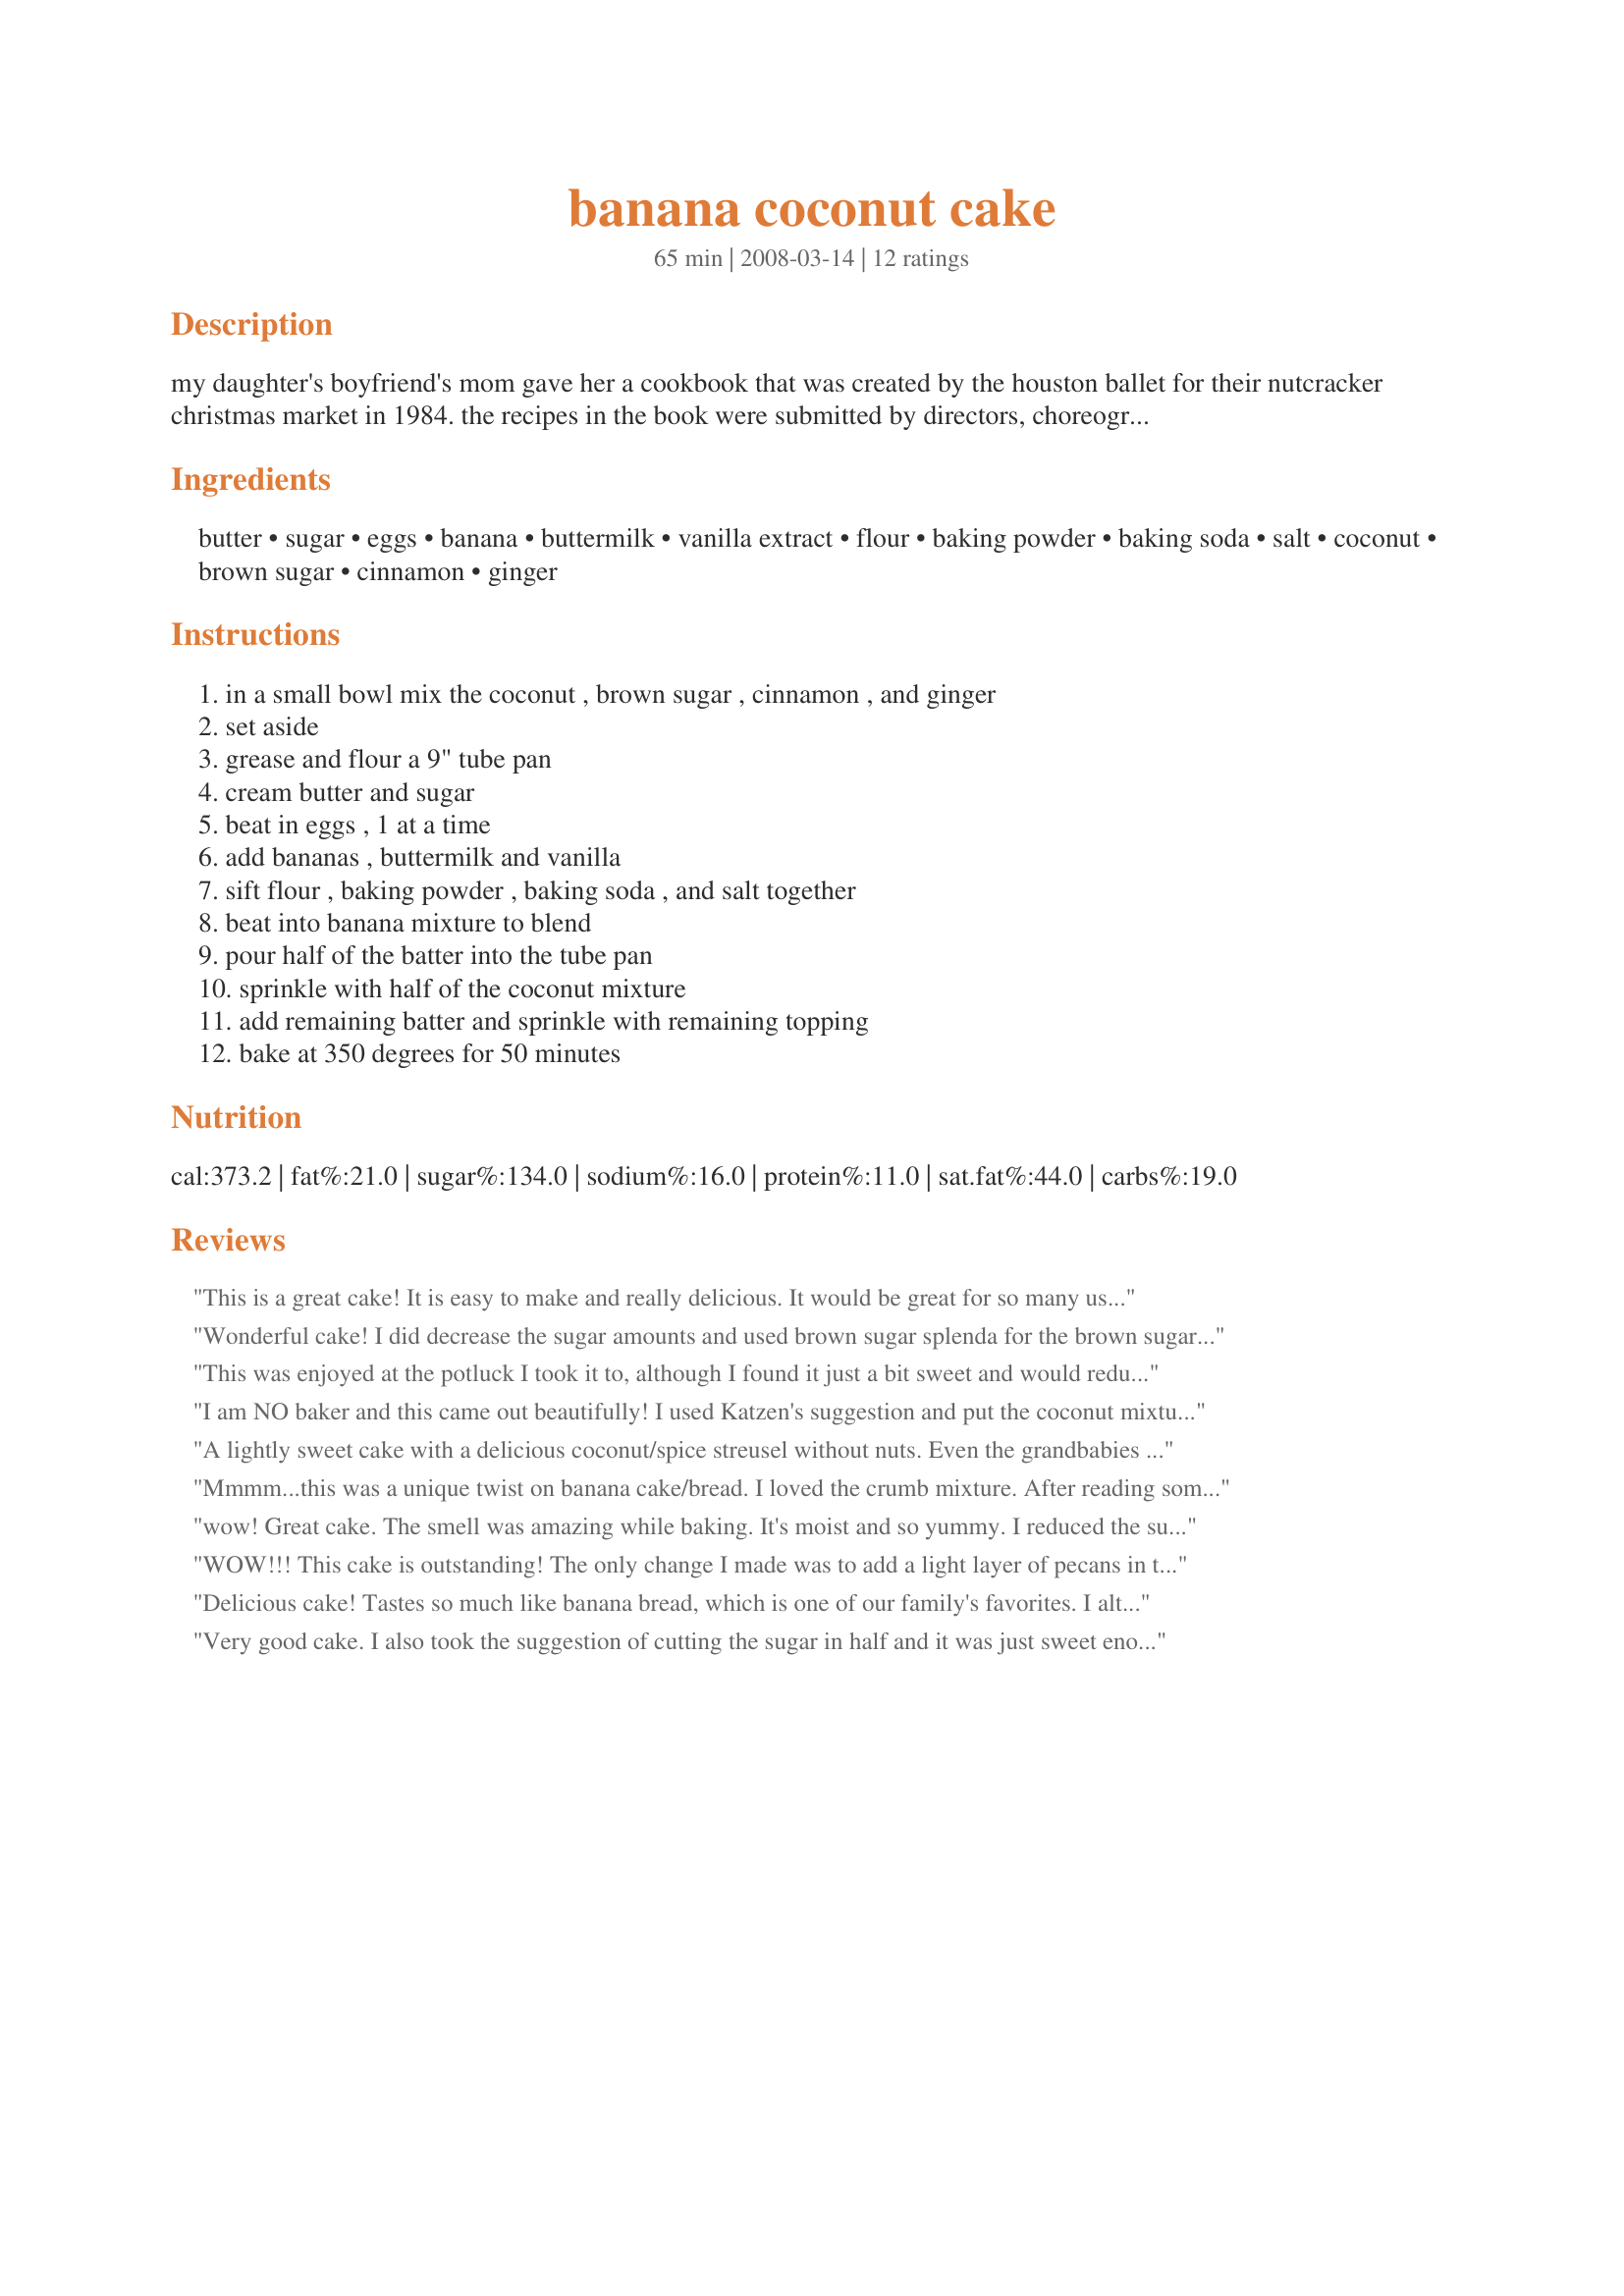
banana coconut cake
Preparation time: 65 minutes

my daughter's boyfriend's mom gave her a cookbook that was created by the houston ballet for their nutcracker christmas market in 1984. the recipes in the book were submitted by directors, choreographers, and dancers in the houston ballet that year. this recipe was submitted by leeanna vidaurri, corps de ballet.

Ingredients:
butter, sugar, eggs, banana, buttermilk, vanilla extract, flour, baking powder, baking soda, salt, coconut, brown sugar, cinnamon, ginger

Steps:
in a small bowl mix the coconut , brown sugar , cinnamon , and ginger, set aside, grease and flour a 9" tube pan, cream butter and sugar, beat in eggs , 1 at a time, add bananas , buttermilk and vanilla, sift flour , baking powder , baking soda , and salt together, beat into banana mixture to blend, pour half of the batter into the tube pan, sprinkle with half of the coconut mixture, add remaining batter and sprinkle with remaining topping, bake at 350 degrees for 50 minutes

Reviews:
This is a great cake! It is easy to make and really delicious. It would be great for so many uses. It made quite a bit, so I made it in two smaller loaf pans and shared one with my son. This would be the perfect cake to keep in the freezer to have on hand for company, or maybe I might try to freeze individual portions to have with coffee, or late night snack attacks! I will make this again for sure! Made for ZWT9
Wonderful cake! I did decrease the sugar amounts and used brown sugar splenda for the brown sugar, but otherwise made as directed for a very nice ending to a meal and also a great way to use up over-ripe bananas. I also bet this freezes wonderfully. I am going to try to make this in loaf pans and freeze it. Thanks for sharing!
This was enjoyed at the potluck I took it to, although I found it just a bit sweet and would reduce the sugar somewhat. It's easy to make and uses ingredients that I tend to have available, a real plus.
I am NO baker and this came out beautifully! I used Katzen's suggestion and put the coconut mixture in first and then 1/2 way through and it worked perfectly. I actually went out and bought the silicone bundt pan to make this and clearly it was a good investment. I FINALLY have a baked item that I can always make for special occasions, etc. It might sound silly, but this is a big deal! :D Made for PRMR tag game. Thanks loof! :)
A lightly sweet cake with a delicious coconut/spice streusel without nuts. Even the grandbabies enjoyed this one! Made for Taste of Yellow LiveStrong Event.
Mmmm...this was a unique twist on banana cake/bread. I loved the crumb mixture. After reading some other reviews I decided to cut back on the sugar. I usually don&#039;t notice a difference in most recipes, but I did this time and wish I had used the amount called. The texture of this cake was more like banana bread to me, not a bad thing, just heavier than I was expecting. I baked the cake for 50 mins. and it was overdone. I think it should have come out about 5 mins. earlier. May have been my oven, but I don&#039;t usually have this problem.This would be a great cake to serve for brunch. Pretty to look at and not overly sweet. Thanks for sharing this recipe!
wow! Great cake. The smell was amazing while baking. It's moist and so yummy. I reduced the sugar to 1/2 cup. That's perfect. Thanks Loof :) Made for the Australian recipe swap for March 2011
WOW!!! This cake is outstanding! The only change I made was to add a light layer of pecans in the middle struesel layer. The pan I used was a sunflower type hole-less bundt pan, which looks lovely! A couple of notes... Next time I make it I will put last struesel layer in first (rather than last), meaning it will show on the top of the cake! I used unsweetened coconut, which worked out perfectly. Thanks, loof, for sharing this outstanding cake!! Made for 1-2-3 Hits.
Delicious cake! Tastes so much like banana bread, which is one of our family's favorites. I altered it slightly to make it vegan, because I had some vegan friends coming for lunch. I used coconut milk instead of buttermilk, 3 egg replacers, and soy margarine for the butter. It tasted wonderful and I believe we'll make this again sometime! Thanks Loof! Made for Zaar Tag.
Very good cake. I also took the suggestion of cutting the sugar in half and it was just sweet enough. I put the coconut mix in two layers in the cake rather than one in the cake and one on top. <br/>The cake baked at exactly 50 minutes and we could hardly wait for it to cool before tasting. Very pleased to have made this. Thanks for posting.<br/>Made for ***Ramadan Recipe Tag - 2011***
Totally delicious. This makes a big bundt cake so i hope that it will freeze well, lol. I didn't measure the banana but used 2 med sized and that worked very well. I placed the coconut mix into the ban first and it's a good thing because it rose so much that I had to trim off a lot of the "top" to have a nice flat "bottom" so it would sit well on the plate. I took advice from other reviews and cut the white sugar in half and glad I did, the banana flavor is lovely. DH is a real coconut fan so this made a big smile.
wow this iis a good cake used a bundt pan #@#@ starrs
